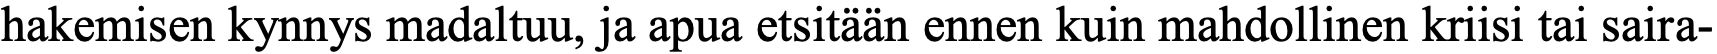
hakemisen kynnys madaltuu, ja apua etsitään ennen kuin mahdollinen kriisi tai saira-